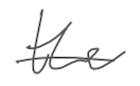
Text: the
Cross-out: single-line
Writing tool: digital_gray